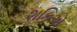
શકિઍ